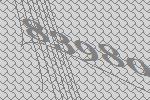
83980